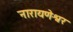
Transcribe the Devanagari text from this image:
नारायणेश्वर